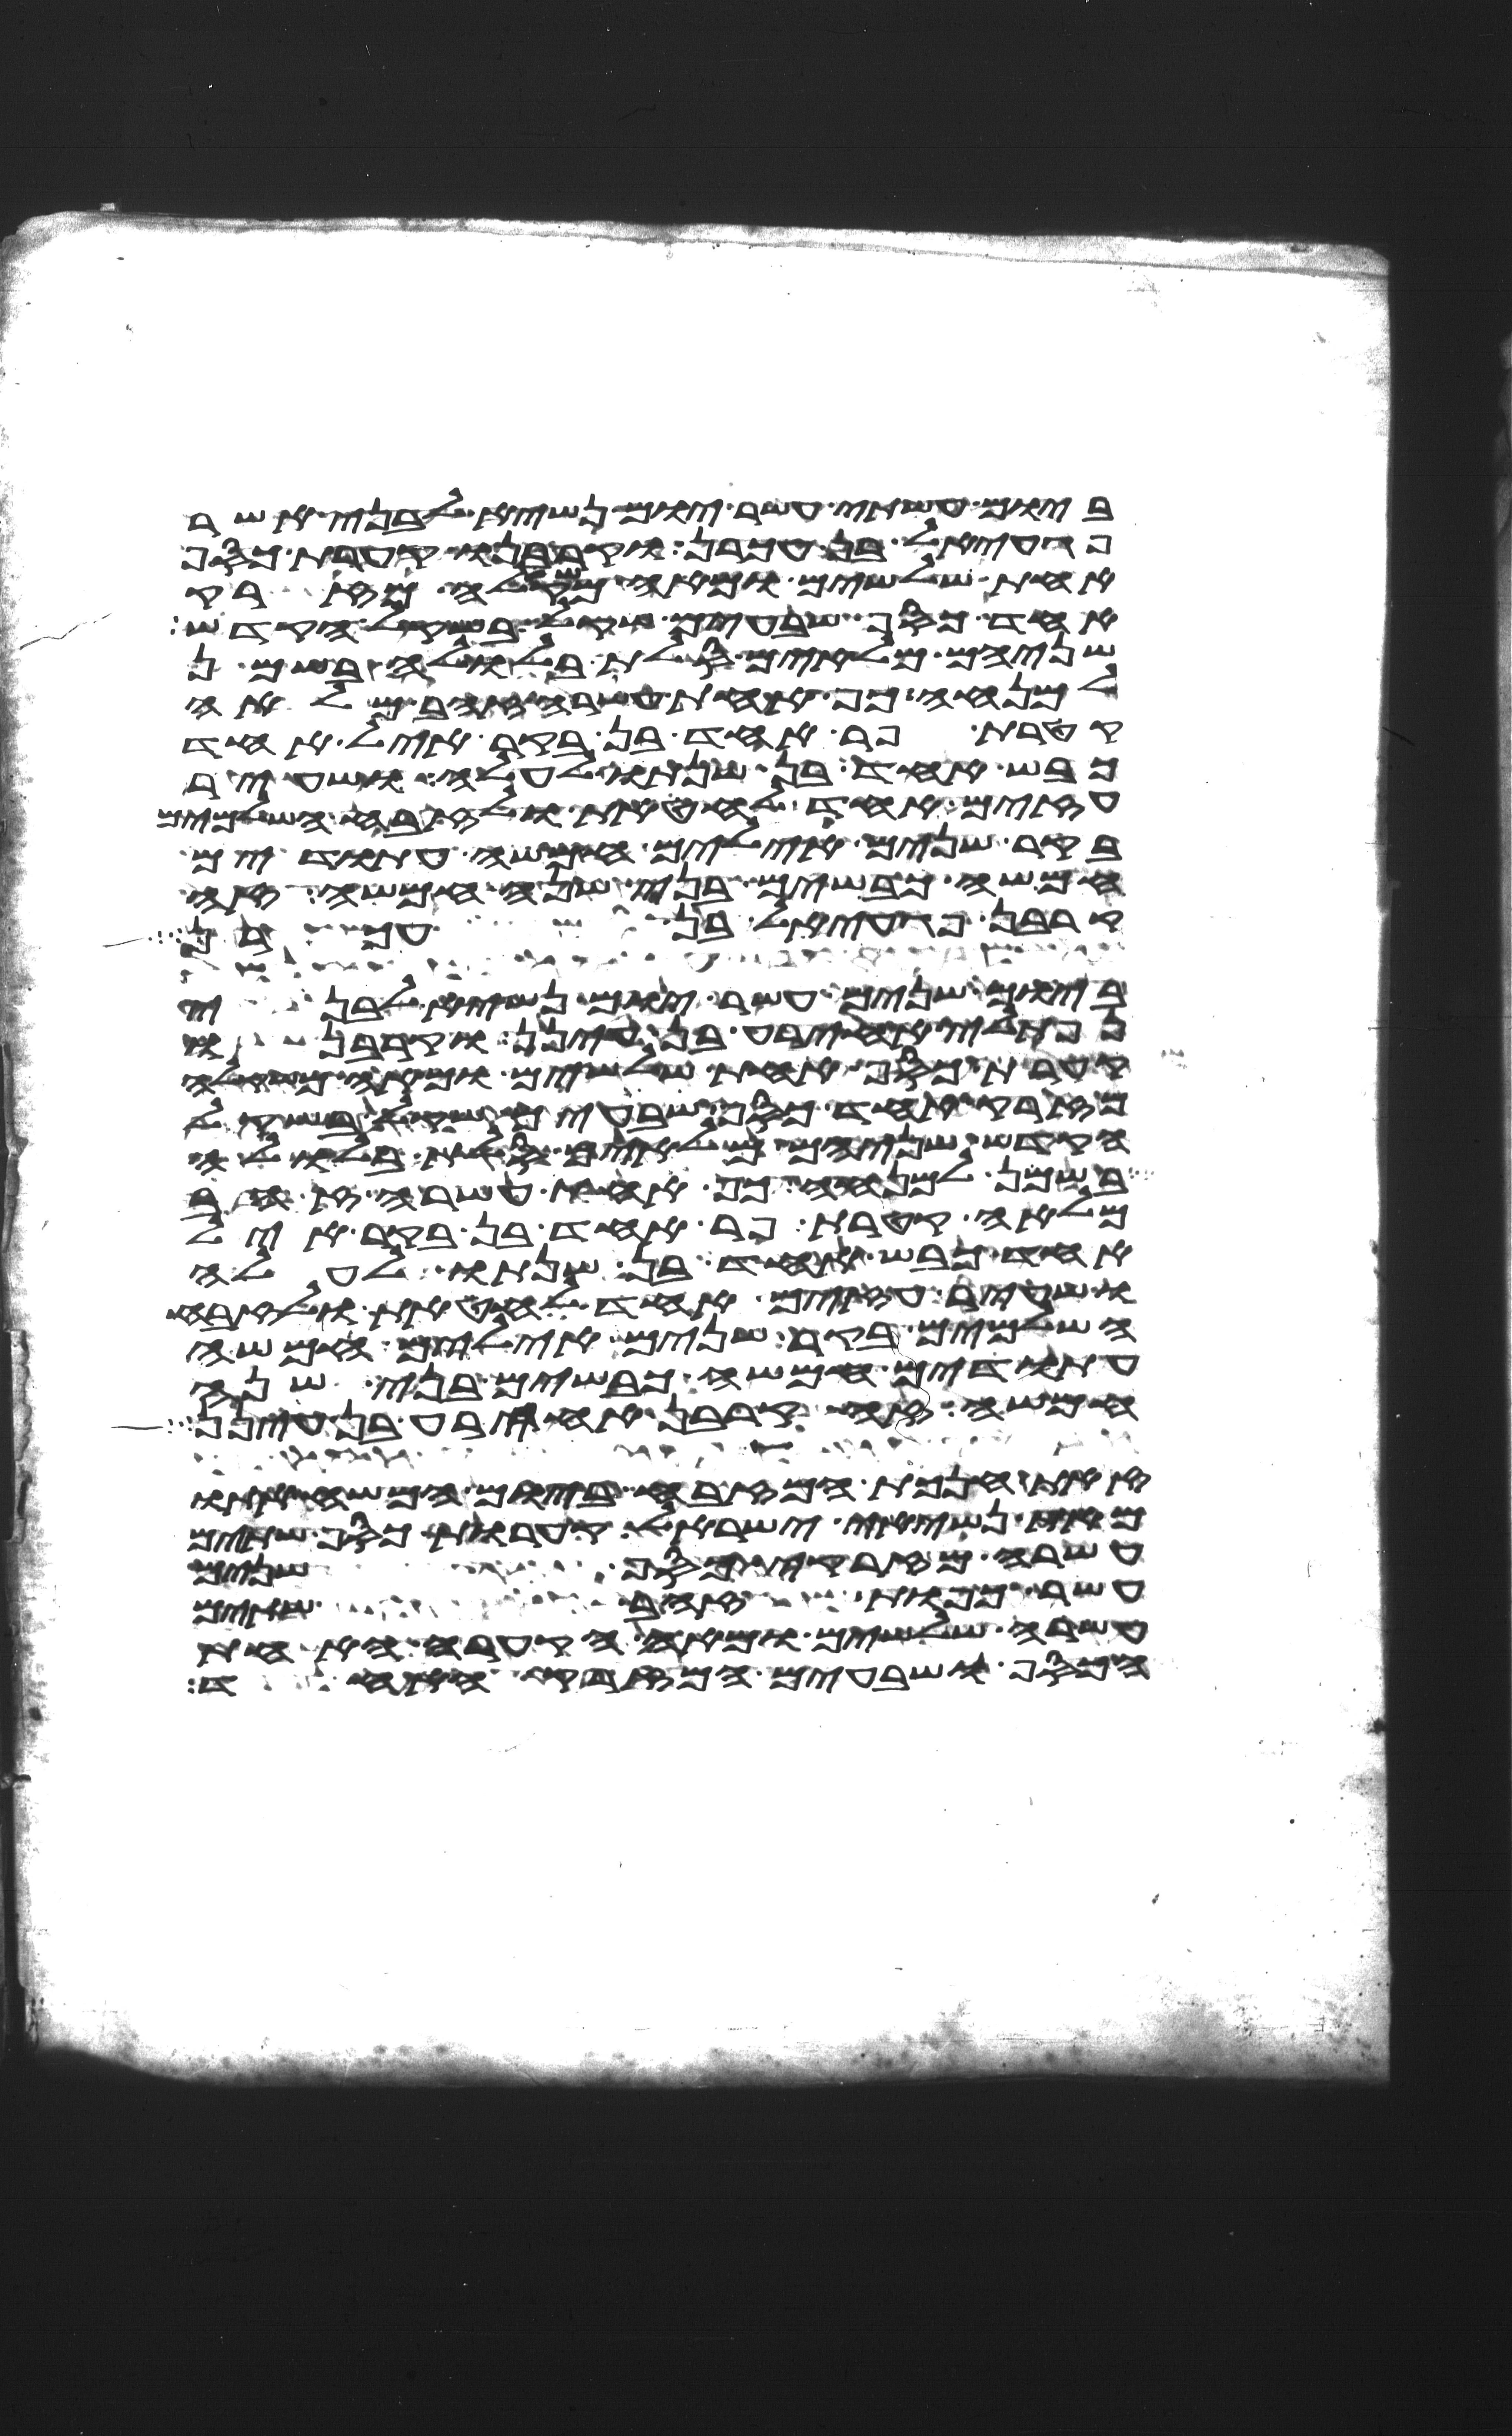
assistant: ביום עשתי עשר יום נשיא לבני אשר
פגעאל בן עכרן וקרבנו קערת כסף
אחת שלשים ומאה משקלה מזרק
אחד כסף שבעים שקל בשקל הקדש
שניהם מלאים סלת בלולה בשמן
למנחה כף אחת עשרה זהב מלאה
קטרת פר אחד בן בקר איל אחד
כבש אחד בן שנתו לעלה ושעיר
עזים אחד לחטאת ולזבח השלמים
בקר שנים אילים חמשה עתודים
חמשה כבשים בני שנה חמשה זה
קרבן פגעאל בן עכרן
ביום שנים עשר יום נשיא לבני
נפתלי אחירע בן עינן וקרבנו
קערת כסף אחת שלשים ומאה משקלה
מזרק אחד כסף שבעים שקל בשקל
הקדש שניהם מלאים סלת בלולה
בשמן למנחה כף אחת עשרה זהב
מלאה קטרת פר אחד בן בקר איל
אחד כבש אחד בן שנתו לעלה
ושעיר עזים אחד לחטאת ולזבח
השלמים בקר שנים אילים חמשה
עתודים חמשה כבשים בני שנה
חמשה זה קרבן אחירע בן עינן
זאת חנכת המזבח ביום המשיח אתו
מאת נשיאי ישראל קערות כסף שתים
עשרה מזרקי כסף שנים
עשר כפות זהב שתים
עשרה שלשים ומאה הקערה האחת
הכסף ושבעים המזרק האחד